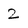
Character: 2